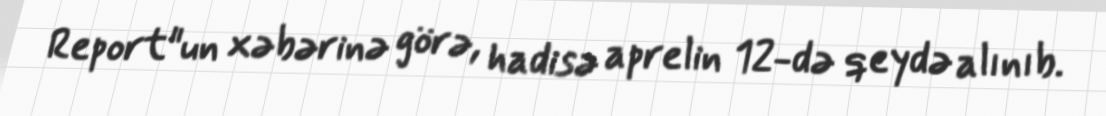
Report"un xəbərinə görə, hadisə aprelin 12-də qeydə alınıb.